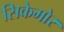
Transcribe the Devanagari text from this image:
सिकेमोर